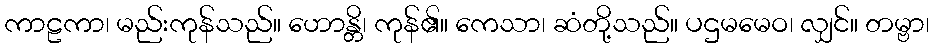
ကာဠကာ၊ မည်းကုန်သည်။ ဟောန္တိ၊ ကုန်၏။ ကေသာ၊ ဆံတို့သည်။ ပဌမမေဝ၊ လျှင်။ တမ္ဗာ၊